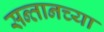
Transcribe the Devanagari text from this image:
सन्तानच्या